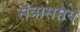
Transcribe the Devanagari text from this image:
संत्रासमय